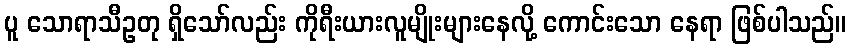
ပူ သောရာသီဥတု ရှိသော်လည်း ကိုရီးယားလူမျိုးများနေလို့ ကောင်းသော နေရာ ဖြစ်ပါသည်။